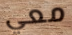
معي